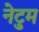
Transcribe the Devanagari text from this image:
नेटुम